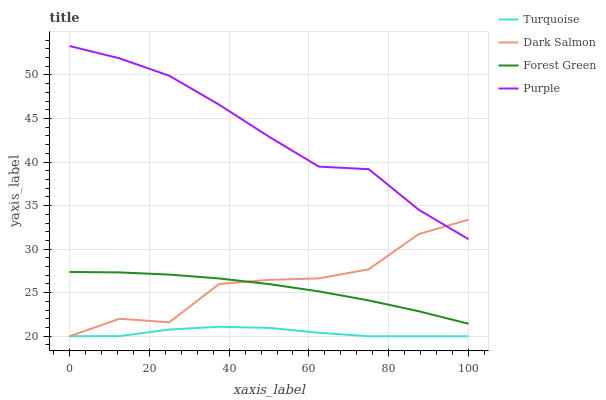
| xaxis_label | Turquoise | Dark Salmon | Forest Green | Purple |
 | --- | --- | --- | --- | --- |
 | 0 | 20 | 20 | 27.4 | 53.3 |
 | 12.5 | 20 | 22 | 27.3 | 51.9 |
 | 25 | 20.8 | 21.6 | 27.1 | 49.9 |
 | 37.5 | 21.1 | 26 | 26.6 | 46.6 |
 | 50 | 21 | 26.5 | 26 | 42.9 |
 | 62.5 | 20.4 | 26.6 | 25.1 | 39.5 |
 | 75 | 20 | 27.7 | 24.1 | 39.2 |
 | 87.5 | 20 | 31.7 | 22.9 | 34.5 |
 | 100 | 20 | 33.4 | 21.4 | 31.1 |